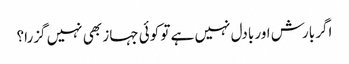
اگر بارش اور بادل نہیں ہے تو کوئی جہاز بھی نہیں گزرا؟